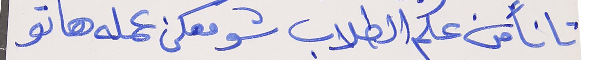
تا نأمن علم الطلاب      شو معكن عمله هاتو